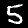
Label: 5